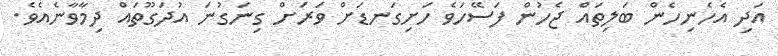
އަދި އެހެނިހެން ބަލިތައް ޖެހުން ފަސޭހަވެ ހަށިގަނޑަށް ވަރަށް ގިނަގުނަ އުދަގޫތައް ދިމާވާނެއެވެ.